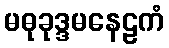
မဓုခုဒ္ဒမနေဠကံ